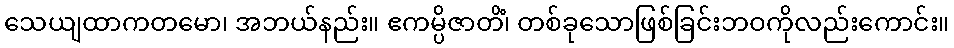
သေယျထာကတမော၊ အဘယ်နည်း။ ဧကမ္ပိဇာတိံ၊ တစ်ခုသောဖြစ်ခြင်းဘဝကိုလည်းကောင်း။